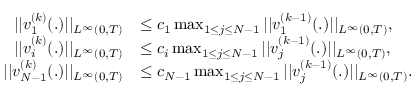
\begin{array} { r l } { | | v _ { 1 } ^ { ( k ) } ( . ) | | _ { L ^ { \infty } ( 0 , T ) } } & { \leq c _ { 1 } \operatorname* { m a x } _ { 1 \leq j \leq N - 1 } | | v _ { 1 } ^ { ( k - 1 ) } ( . ) | | _ { L ^ { \infty } ( 0 , T ) } , } \\ { | | v _ { i } ^ { ( k ) } ( . ) | | _ { L ^ { \infty } ( 0 , T ) } } & { \leq c _ { i } \operatorname* { m a x } _ { 1 \leq j \leq N - 1 } | | v _ { j } ^ { ( k - 1 ) } ( . ) | | _ { L ^ { \infty } ( 0 , T ) } , } \\ { | | v _ { N - 1 } ^ { ( k ) } ( . ) | | _ { L ^ { \infty } ( 0 , T ) } } & { \leq c _ { N - 1 } \operatorname* { m a x } _ { 1 \leq j \leq N - 1 } | | v _ { j } ^ { ( k - 1 ) } ( . ) | | _ { L ^ { \infty } ( 0 , T ) } . } \end{array}